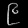
Digit: ၉